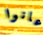
عانوا